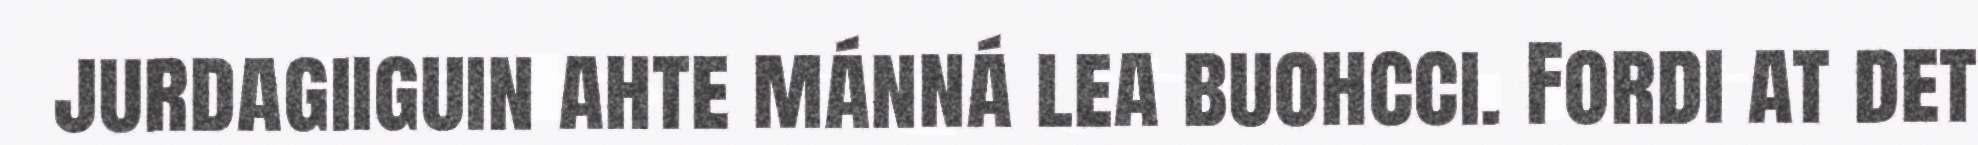
jurdagiiguin ahte mánná lea buohcci. Fordi at det